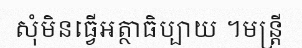
សុំមិនធ្វើអត្ថាធិប្បាយ ។មន្ត្រី